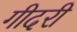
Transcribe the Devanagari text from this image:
गीदरी